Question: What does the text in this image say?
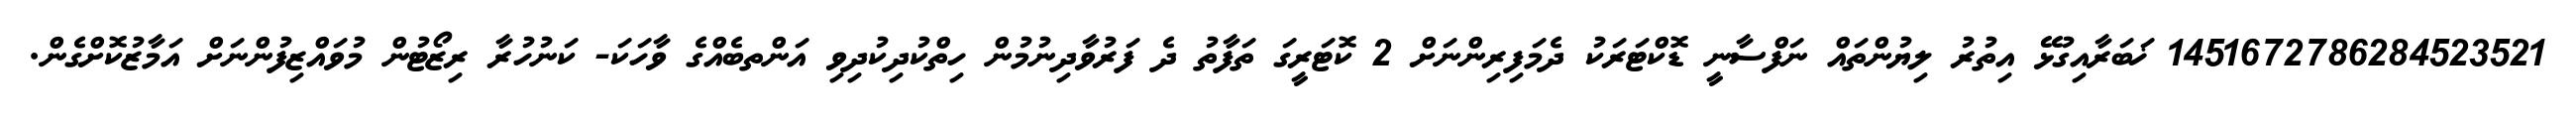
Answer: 1451672786284523521 ޚަބަރާއިގުޅޭ އިތުރު ލިޔުންތައް ނަފްސާނީ ޑޮކްޓަރަކު ދެމަފިރިންނަށް 2 ކޮޓަރީގަ ތަފާތު ދެ ފަރުވާދިނުމުން ހިތްކުދިކުދިވި އަންތބެއްގެ ވާހަކަ- ކަނުހުރާ ރިޒޯޓުން މުވައްޒިފުންނަށް އަމާޒުކޮށްގެން.